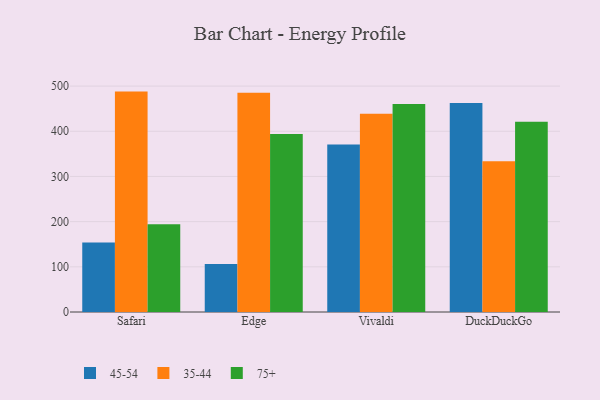
{"axis": {"x": "Browser", "y": "Energy Usage (MWh)"}, "legend": ["35-44", "45-54", "75+"], "data": [{"x": "Safari", "y": 153.6, "type": "45-54"}, {"x": "Safari", "y": 487.8, "type": "35-44"}, {"x": "Safari", "y": 194.3, "type": "75+"}, {"x": "Edge", "y": 106.1, "type": "45-54"}, {"x": "Edge", "y": 485.5, "type": "35-44"}, {"x": "Edge", "y": 393.8, "type": "75+"}, {"x": "Vivaldi", "y": 370.8, "type": "45-54"}, {"x": "Vivaldi", "y": 438.6, "type": "35-44"}, {"x": "Vivaldi", "y": 460.4, "type": "75+"}, {"x": "DuckDuckGo", "y": 462.4, "type": "45-54"}, {"x": "DuckDuckGo", "y": 333.7, "type": "35-44"}, {"x": "DuckDuckGo", "y": 421.1, "type": "75+"}]}